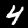
Digit: 4